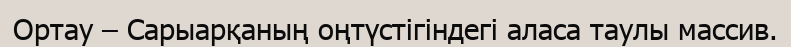
Ортау – Сарыарқаның оңтүстігіндегі аласа таулы массив.